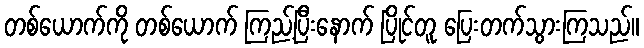
တစ်ယောက်ကို တစ်ယောက် ကြည့်ပြီးနောက် ပြိုင်တူ ပြေးတက်သွားကြသည်။